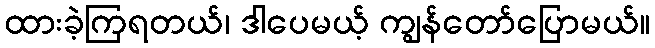
ထားခဲ့ကြရတယ်၊ ဒါပေမယ့် ကျွန်တော်ပြောမယ်။